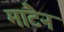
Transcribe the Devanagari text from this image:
मांटेन